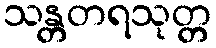
သန္တတရသုတ္တ